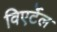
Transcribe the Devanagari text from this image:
विएर्टेल